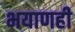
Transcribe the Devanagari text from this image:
भयाणही